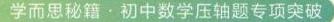
\begin{document}

\[= 1.\]
（1977年浙江高考试题）
分析：仿例1，考虑通过比例代换化为同分母。由欲证试知，左边每一个比都是同一线段的整体与其部分之比，故可应用平行截割定理，过\(O\)点作\(OG\parallel AB\)，交\(BC\)于\(G\)，过\(O\)点作\(OH\parallel AC\)，交\(BC\)于\(H\)。
则 \(\frac{OF}{CF}=\frac{BG}{BC}\textcircled{1}\)  \(\frac{OE}{BE}=\frac{HC}{BC}\textcircled{2}\)
剩下\(\frac{OD}{AD}\)，由图 \(9 - 2\) 可知，\(OD、AD\)为相似\(\triangle OGH\)与\(\triangle\)
\end{document}